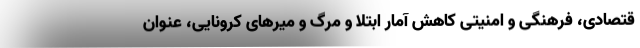
قتصادی، فرهنگی و امنیتی کاهش آمار ابتلا و مرگ و میرهای کرونایی، عنوان